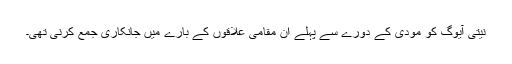
نیتی آیوگ کو مودی کے دورے سے پہلے ان مقامی علاقوں کے بارے میں جانکاری جمع کرنی تھی۔